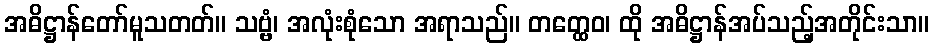
အဓိဋ္ဌာန်တော်မူသတတ်။ သဗ္ဗံ၊ အလုံးစုံသော အရာသည်။ တတ္ထေဝ၊ ထို အဓိဋ္ဌာန်အပ်သည့်အတိုင်းသာ။